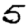
Digit: 5